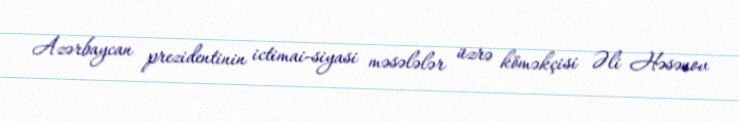
Azərbaycan prezidentinin ictimai-siyasi məsələlər üzrə köməkçisi Əli Həsənov